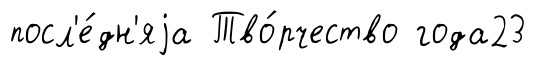
посл'е́дн'яjа Тво́рчество года23